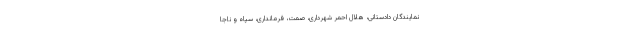
نمایندگان دادستانی، هلال احمر شهرداری، صمت، فرمانداری، سپاه و ناجا